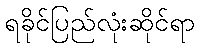
ရခိုင်ပြည်လုံးဆိုင်ရာ